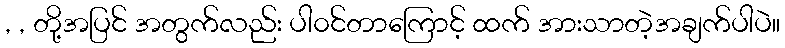
, , တို့အပြင် အတွက်လည်း ပါ၀င်တာကြောင့် ထက် အားသာတဲ့အချက်ပါပဲ။